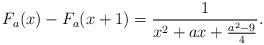
LaTeX: \begin{align*}F_a(x)-F_a(x+1)=\frac{1}{x^2+a x+\frac{a^2-9}{4}}.\end{align*}